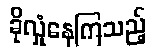
ခိုလှုံနေကြသည့်